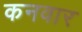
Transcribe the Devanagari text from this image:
कनवार